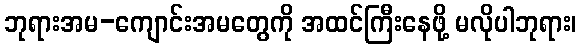
ဘုရားအမ-ကျောင်းအမတွေကို အထင်ကြီးနေဖို့ မလိုပါဘုရား၊